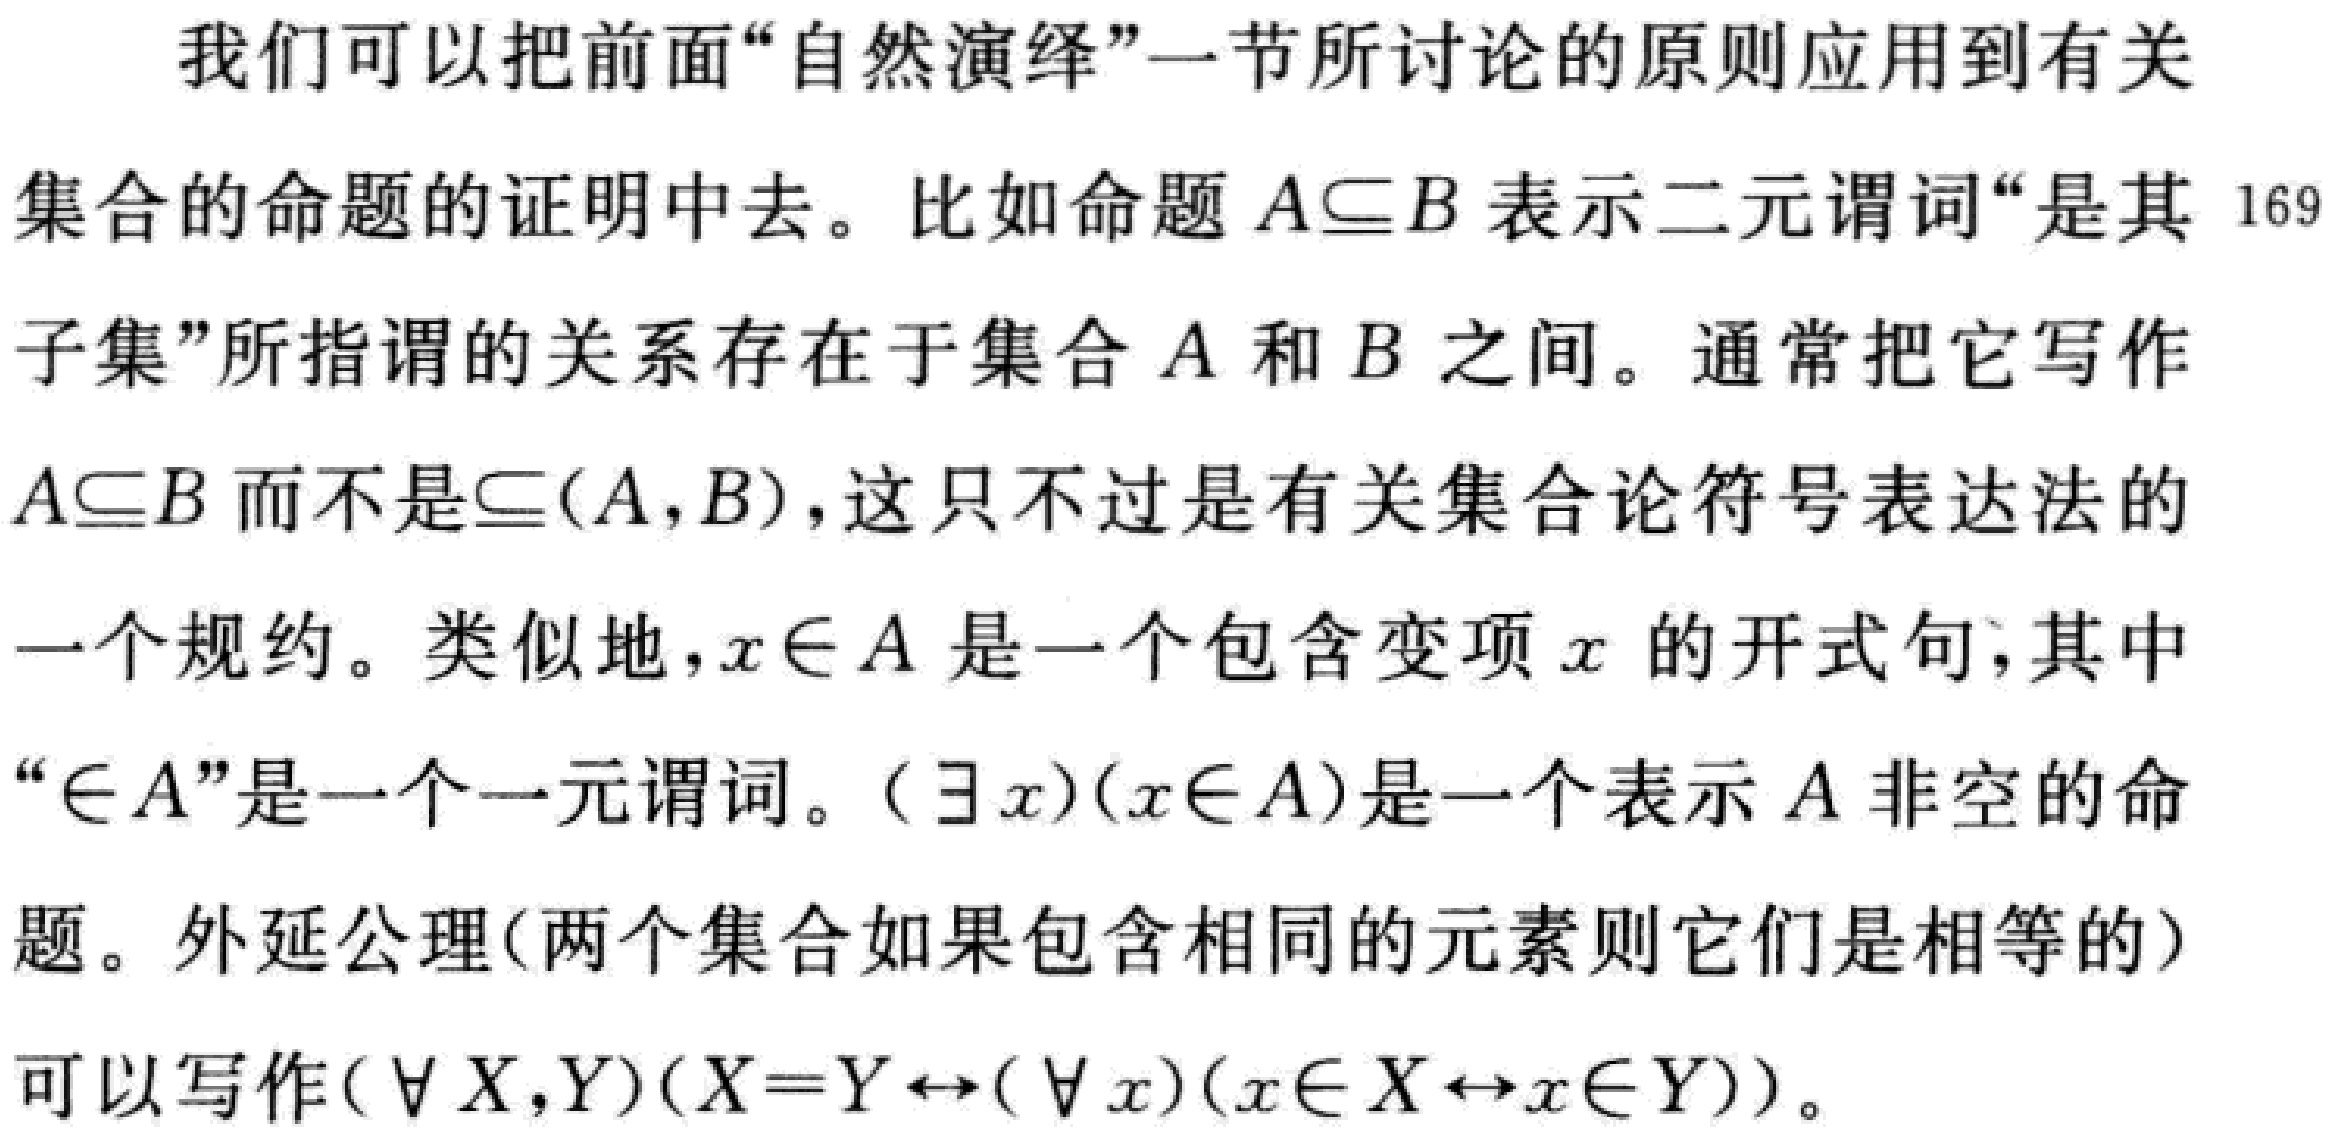
我们可以把前面“自然演绎”一节所讨论的原则应用到有关
集合的命题的证明中去。比如命题\(A\subseteq B\)表示二元谓词“是其
子集”所指谓的关系存在于集合\(A\)和\(B\)之间。通常把它写作
\(A\subseteq B\)而不是\(\subseteq(A,B)\)，这只不过是有关集合论符号表达法的
一个规约。类似地，\(x\in A\)是一个包含变项\(x\)的开式句，其中
“\(\in A\)”是一个一元谓词。\((\exists x)(x\in A)\)是一个表示\(A\)非空的命
题。外延公理(两个集合如果包含相同的元素则它们是相等的)
可以写作\((\forall X,Y)(X = Y\leftrightarrow(\forall x)(x\in X\leftrightarrow x\in Y))\)。